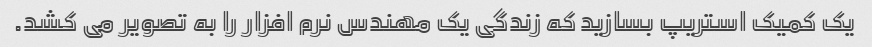
یک کمیک استریپ بسازید که زندگی یک مهندس نرم افزار را به تصویر می کشد.